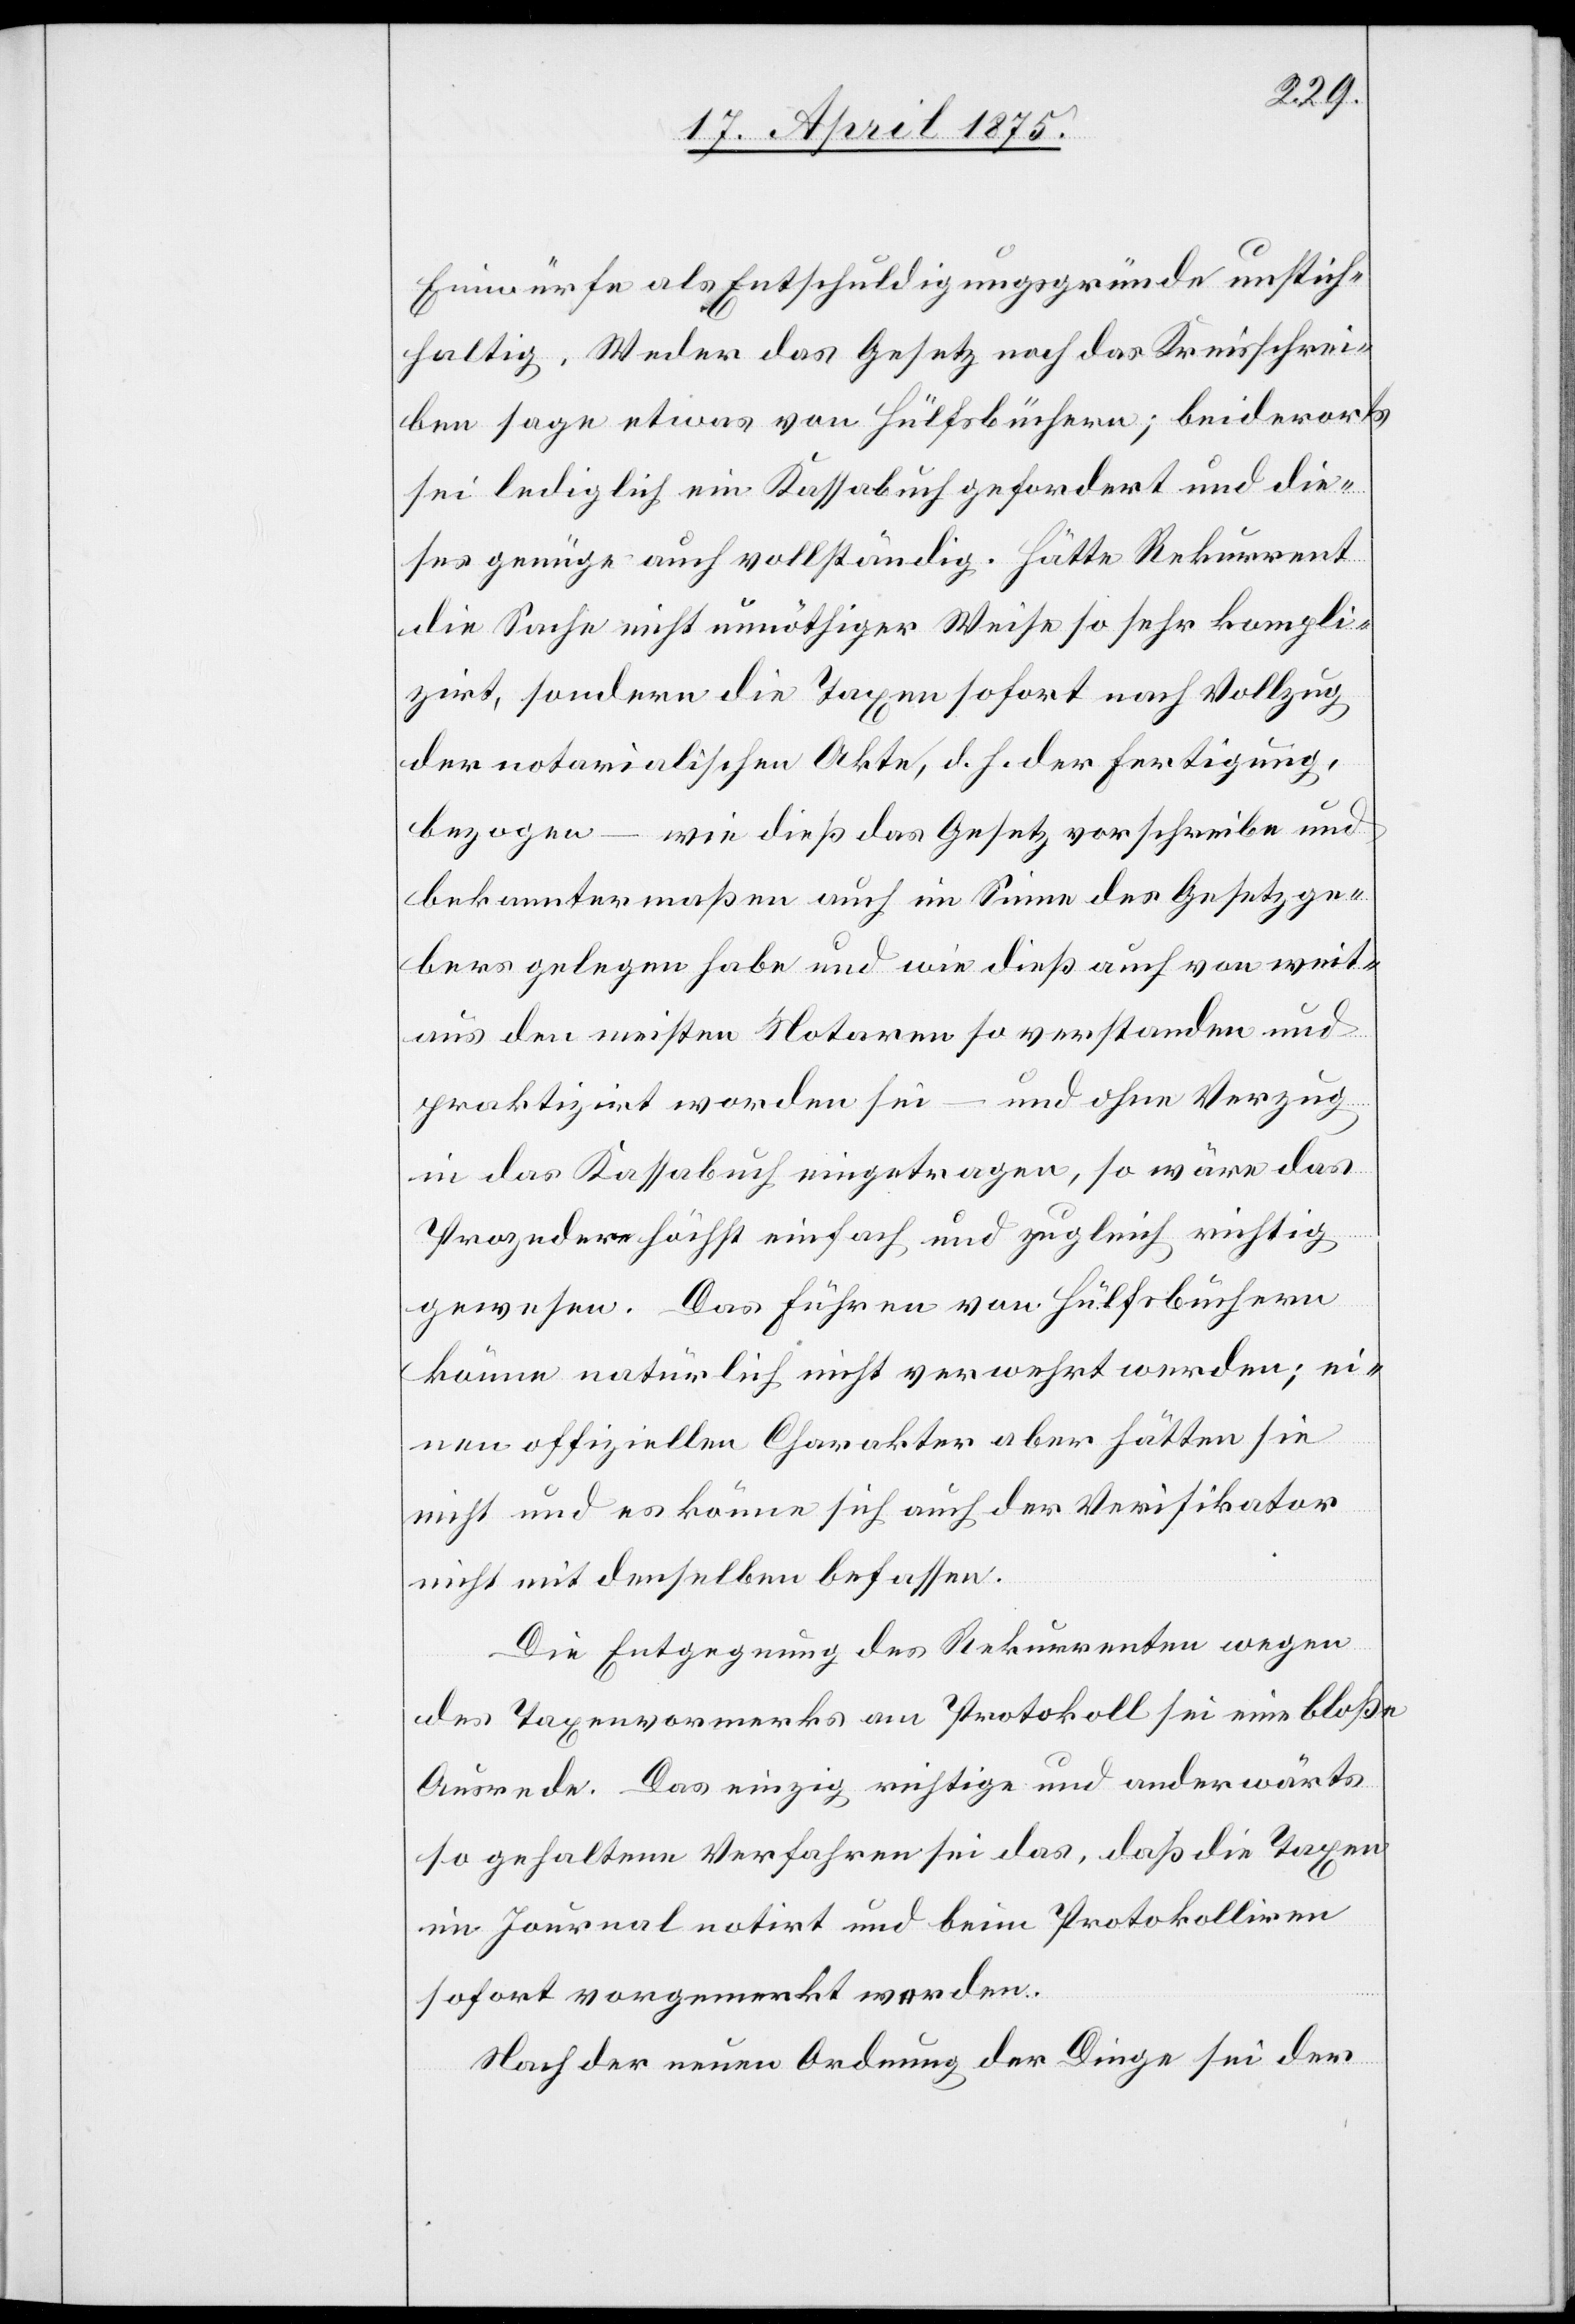
Einwürfe als Entschuldigungsgründe unstich¬
haltig. Weder das Gesetz noch das Kreisschrei¬
ben sage etwas von Hülfsbüchern; beiderorts
sei lediglich ein Kassabuch gefordert und die¬
ses genüge auch vollständig. Hätte Rekurrent
die Sache nicht unnöthiger Weise so sehr kompli¬
zirt, sondern die Taxen sofort nach Vollzug
der notarialischen Akte, d. h. der Fertigung,
bezogen – wie dieß das Gesetz vorschreibe und
bekanntermaßen auch im Sinne des Gesetzge¬
bers gelegen habe und wie dieß auch von weit¬
aus den meisten Notaren so verstanden und
praktizirt worden sei – und ohne Verzug
in das Kassabuch eingetragen, so wäre das
Prozedere höchst einfach und zugleich richtig
gewesen. Das Führen von Hülfsbüchern
könne natürlich nicht verwehrt werden; ei¬
nen offiziellen Charakter aber hätten sie
nicht und es könne sich auch der Verifikator
nicht mit denselben belassen.
Die Entgegnung des Rekurrenten wegen
des Taxenvormerks am Protokoll sei eine bloße
Ausrede. Das einzig richtige und anderwärts
so gehaltene Verfahren sei das, daß die Taxen
im Journal notirt und beim Protokolliren
sofort vorgemerkt werden.
Nach der neuen Ordnung der Dinge sei der